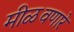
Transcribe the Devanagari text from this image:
मीळवणारे